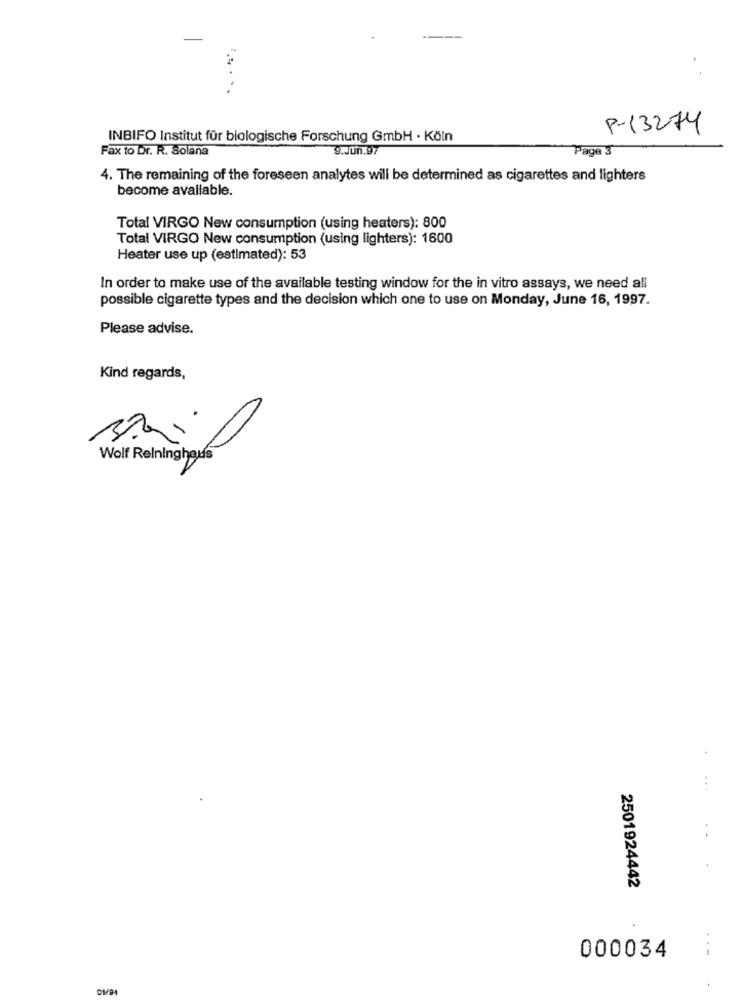
P-13274
INBIFO Institut für biologische Forschung GmbH · Köln
Fax to Dr. R. Solana
9.Jun.97
Page 3
4. The remaining of the foreseen analytes will be determined as cigarettes and lighters
become available.
Total VIRGO New consumption (using heaters): 800
Total VIRGO New consumption (using lighters): 1600
Heater use up (estimated): 53
In order to make use of the available testing window for the in vitro assays, we need all
possible cigarette types and the decision which one to use on Monday, June 16, 1997.
Please advise.
Kind regards,
Wolf Relninghaus
2501924442
.--
000034